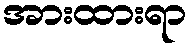
အားထားရာ